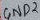
Text: GND2